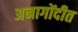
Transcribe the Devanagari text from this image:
अनागोंदीत